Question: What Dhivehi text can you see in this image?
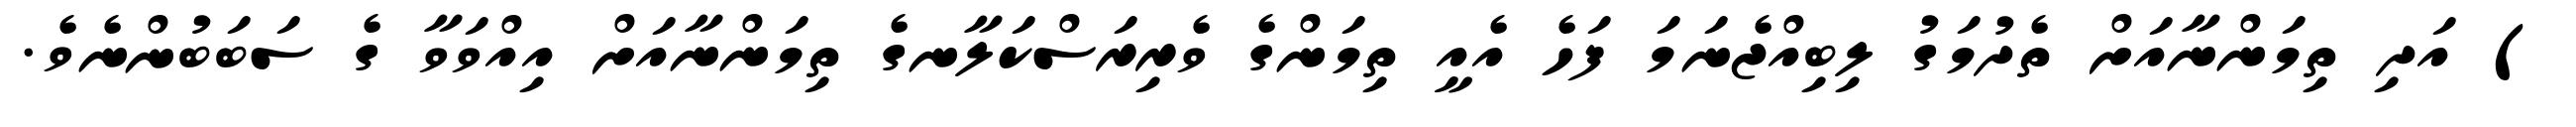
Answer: ) އަދި ތިމަންނާއަށް ތެދުމަގު ލިބިއްޖެނަމަ ފަހެ އެއީ ތިމަންގެ ވެރިރަސްކަލާނގެ ތިމަންނާއަށް އިއްވަވާ ގެ ސަބަބުންނެވެ.